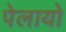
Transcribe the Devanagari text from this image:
पेलायो